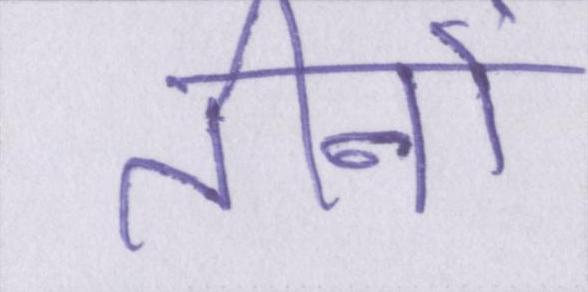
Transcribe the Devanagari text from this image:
तीनों